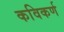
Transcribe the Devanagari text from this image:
कविकर्ण